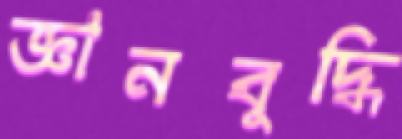
জ্ঞানবুদ্ধি